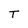
Character: T